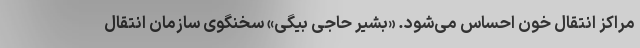
مراکز انتقال خون احساس می‌شود. «بشیر حاجی بیگی» سخنگوی سازمان انتقال